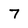
Character: 7